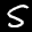
Label: 5